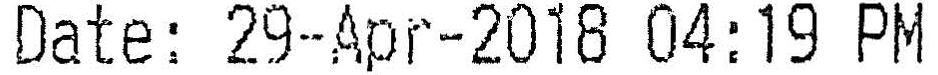
DATE: 29-APR-2018 04:19 PM